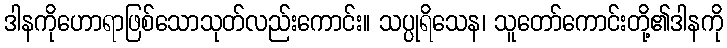
ဒါနကိုဟောရာဖြစ်သောသုတ်လည်းကောင်း။ သပ္ပုရိသေန၊ သူတော်ကောင်းတို့၏ဒါနကို